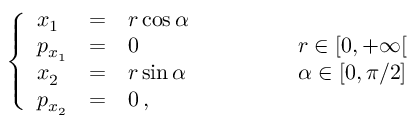
\left\{ \begin{array} { l c l l } { x _ { 1 } } & { = } & { r \cos \alpha } & { } \\ { p _ { x _ { 1 } } } & { = } & { 0 } & { \qquad \qquad r \in [ 0 , + \infty [ } \\ { x _ { 2 } } & { = } & { r \sin \alpha } & { \qquad \qquad \alpha \in [ 0 , \pi / 2 ] } \\ { p _ { x _ { 2 } } } & { = } & { 0 \, , } & { } \end{array} \right.